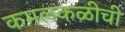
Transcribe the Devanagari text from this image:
कमलकळीची